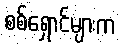
စစ်ရှောင်များက